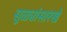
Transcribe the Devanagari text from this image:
सुळ्यांसारखे